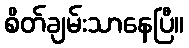
စိတ်ချမ်းသာနေပြီ။